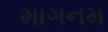
માગનમ